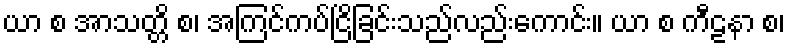
ယာ စ အာသတ္တိ စ၊ အကြင်ကပ်ငြိခြင်းသည်လည်းကောင်း။ ယာ စ ကီဠနာ စ၊